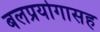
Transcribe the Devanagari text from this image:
बलप्रयोगासह